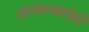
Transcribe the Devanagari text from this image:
सामन्याचेही